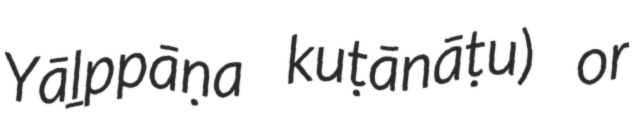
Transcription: Yāḻppāṇa kuṭānāṭu) or